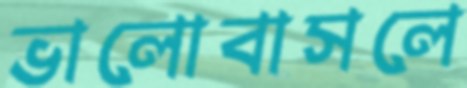
ভালোবাসলে